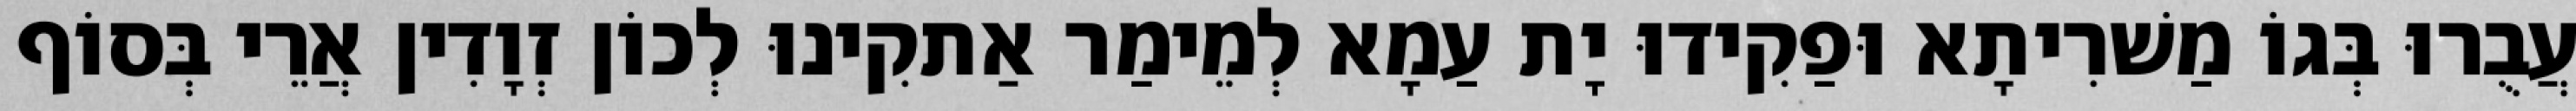
עֲבֻרוּ בְּגוֹ מַשׁרִיתָא וּפַקִידוּ יָת עַמָא לְמֵימַר אַתקִינוּ לְכוֹן זְוָדִין אֲרֵי בְּסוֹף